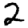
Digit: 2